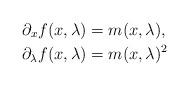
LaTeX: \begin{align*}\partial_xf(x,\lambda)&=m(x,\lambda),\\\partial_\lambda f(x,\lambda)&=m(x,\lambda)^2\end{align*}